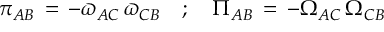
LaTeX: \pi _ { A B } \, = \, - \varpi _ { A C } \, \varpi _ { C B } \quad ; \quad \Pi _ { A B } \, = \, - \Omega _ { A C } \, \Omega _ { C B }